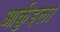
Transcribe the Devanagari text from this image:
आर्कुइला